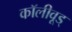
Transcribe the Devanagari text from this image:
कॉलीवूड्